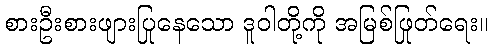
စားဦးစားဖျားပြုနေသော ဒူဝါတို့ကို အမြစ်ဖြုတ်ရေး။